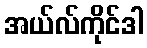
အယ်လ်ကိုင်ဒါ